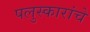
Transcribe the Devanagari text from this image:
पलुस्कारांचे